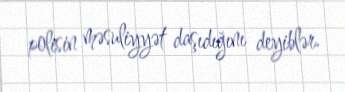
polisin məsuliyyət daşıdığını deyiblər.